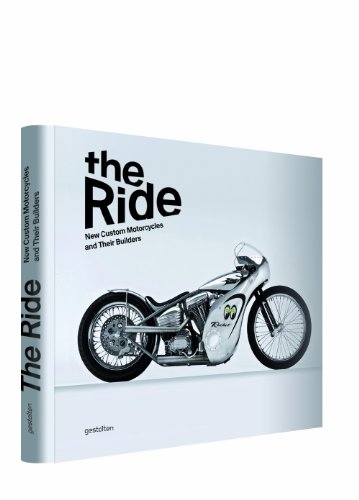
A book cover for The Ride: New Custom Motorcycles and their Builders; Engineering & Transportation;